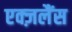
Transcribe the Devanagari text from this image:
एक्ज़लैंस